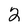
Character: 2